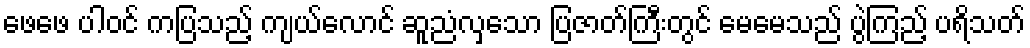
ဖေဖေ ပါဝင် ကပြသည့် ကျယ်လောင် ဆူညံလှသော ပြဇာတ်ကြီးတွင် မေမေသည် ပွဲကြည့် ပရိသတ်